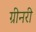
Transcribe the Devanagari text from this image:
ग्रीनरी